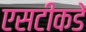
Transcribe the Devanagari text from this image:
एसटीकडे